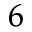
^ { 6 }